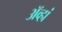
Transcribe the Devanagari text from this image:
ॲव्हां